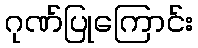
ဂုဏ်ပြုကြောင်း